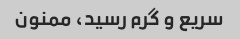
سریع و گرم رسید، ممنون